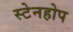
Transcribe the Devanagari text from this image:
स्टेनहोप